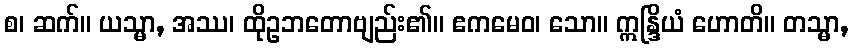
စ၊ ဆက်။ ယသ္မာ, အဿ၊ ထိုဥဘတောဗျည်း၏။ ဧကမေဝ၊ သော။ ဣန္ဒြိယံ ဟောတိ။ တသ္မာ,